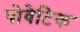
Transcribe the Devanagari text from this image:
पोवेटिक